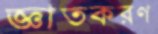
জ্ঞাতকরণ